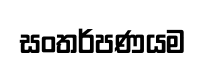
සංතර්පණයම